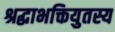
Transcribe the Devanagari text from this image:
श्रद्धाभक्तियुतस्य